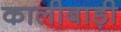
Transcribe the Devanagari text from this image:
कालीबाड़ी